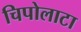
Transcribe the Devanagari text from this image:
चिपोलाटा